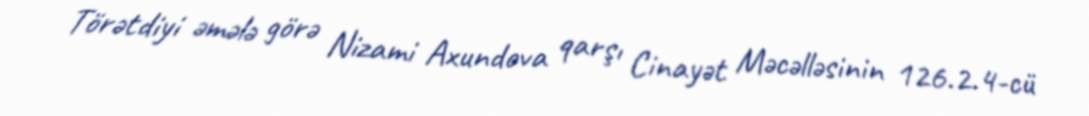
Törətdiyi əmələ görə Nizami Axundova qarşı Cinayət Məcəlləsinin 126.2.4-cü